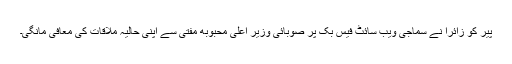
پیر کو زائرا نے سماجی ویب سائٹ فیس بک پر صوبائی وزیر اعلیٰ محبوبه مفتی سے اپنی حالیہ ملاقات کی معافى مانگی۔